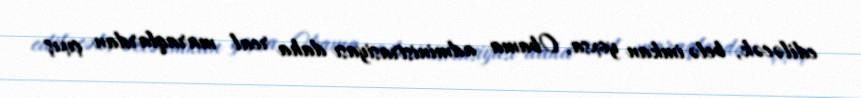
ediləcək, belə imkan yoxsa, Obama administrasiyası daha real maraqlardan çıxış